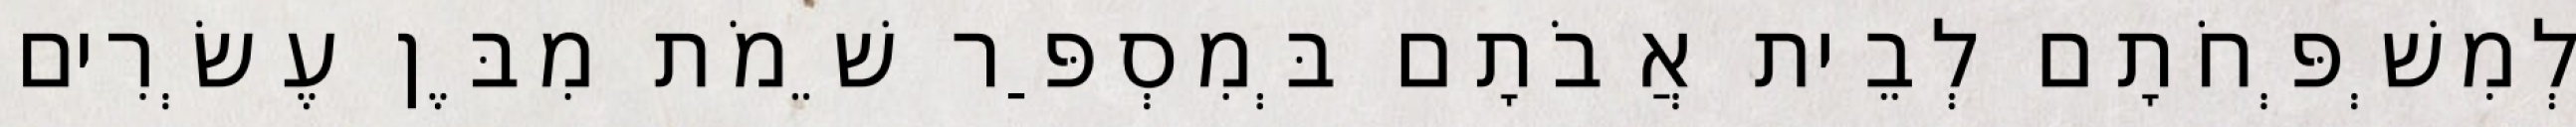
לְמִשְׁפְּחֹתָם לְבֵית אֲבֹתָם בְּמִסְפַּר שֵׁמֹת מִבֶּן עֶשְׂרִים